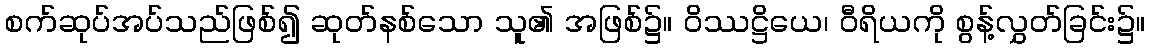
စက်ဆုပ်အပ်သည်ဖြစ်၍ ဆုတ်နစ်သော သူ၏ အဖြစ်၌။ ဝိဿဋ္ဌိယေ၊ ဝီရိယကို စွန့်လွှတ်ခြင်း၌။